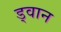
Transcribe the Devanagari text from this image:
ड्वान